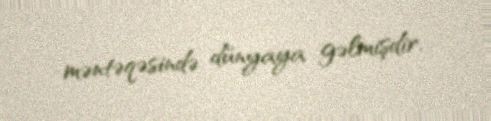
məntəqəsində dünyaya gəlmişdir.